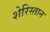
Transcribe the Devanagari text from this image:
शेरिस्तान